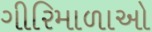
ગીરિમાળાઓ